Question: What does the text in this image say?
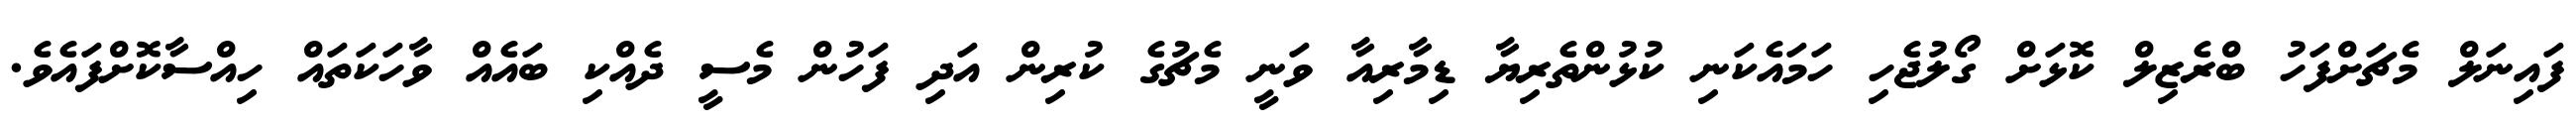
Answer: ފައިނަލް މެޗަށްފަހު ބްރެޒިލް ކޮޅަށް ގޯލުޖެހި ހަމައެކަނި ކުޅުންތެރިޔާ ޑިމާރިއާ ވަނީ މެޗުގެ ކުރިން އަދި ފަހުން މެސީ ދެއްކި ބައެއް ވާހަކަތައް ހިއްސާކޮށްފައެވެ.